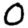
Digit: 0